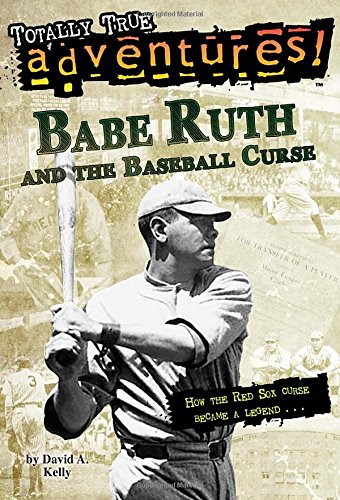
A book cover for Babe Ruth and the Baseball Curse (Totally True Adventures) (A Stepping Stone Book(TM)); David A. Kelly; Children's Books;